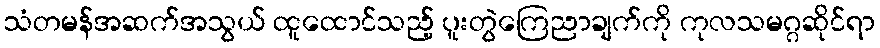
သံတမန်အဆက်အသွယ် ထူထောင်သည့် ပူးတွဲကြေညာချက်ကို ကုလသမဂ္ဂဆိုင်ရာ